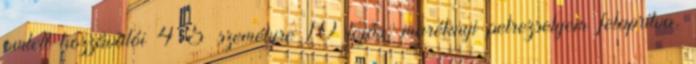
omlett hozzávalói 4-5 személyre 10 tojás, maréknyi petrezselyem felaprítva,